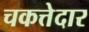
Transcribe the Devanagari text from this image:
चकत्तेदार